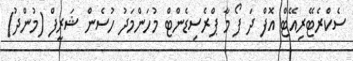
ސެކްރެޓޭރިއޭޓް އޮފް ދަ ފޯ މާ ޕްރެސިޑެންޓް މުހަންމަދު ހުސެން ޝަރީފް (މުންދު)